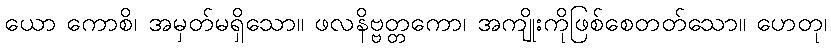
ယော ကောစိ၊ အမှတ်မရှိသော။ ဖလနိဗ္ဗတ္တကော၊ အကျိုးကိုဖြစ်စေတတ်သော။ ဟေတု၊